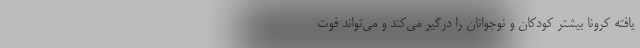
یافته کرونا بیشتر کودکان و نوجوانان را درگیر می‌کند و می‌تواند فوت